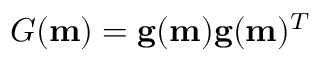
G ( \mathbf { m } ) = \mathbf { g } ( \mathbf { m } ) \mathbf { g } ( \mathbf { m } ) ^ { T }